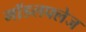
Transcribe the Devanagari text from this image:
मॉडलफ्लेज